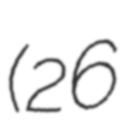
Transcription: (26